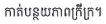
កាត់បន្ថយភាពក្រីក្រ។